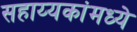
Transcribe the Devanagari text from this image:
सहाय्यकांमध्ये